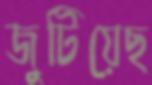
জুটিয়েছ